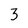
Character: 3